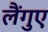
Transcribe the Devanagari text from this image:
लैंगुए